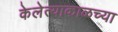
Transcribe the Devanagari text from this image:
केलेत्याकाळच्या